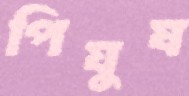
পিযুষ